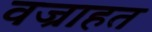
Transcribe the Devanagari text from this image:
वज्राहत